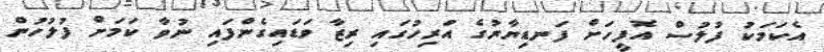
އެކަމަކު ފުލުސް އޮފީހަށް ފަނޑިޔާރުގެ އަރިހުގައި ރިޒާ ވަޑައިގެންފައި ނުވާ ކަމަށް ފުލުހުން